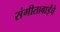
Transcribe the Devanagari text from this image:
संगीताबाईंचे